Black-water fever - Number 35
Disease focus: Fever
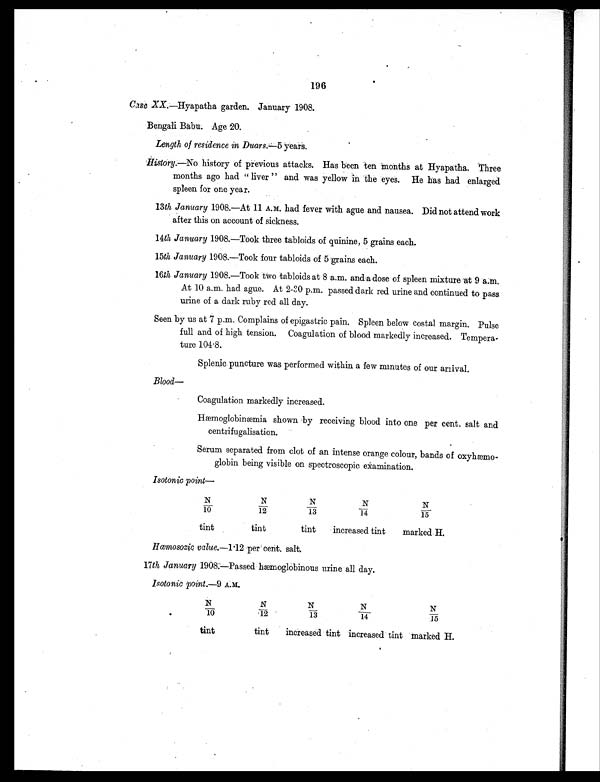
196
Case XX. —Hyapatha garden. January 1908.
Bengali Babu. Age 20.
Length of residence in Duars.—5 years.
H i s t o r y .
— N o h i s t o r y o f p r e v i o u s a t t a c k s . H a s b e e n t e n m o n t h s a t H y a p a t h a . T h r e e
months ago had " liver " and was yellow in the eyes. He has had enlarged
spleen for one year.
13th January 1908. —At 11 A.M. had fever with ague and nausea. Did not attend work
after this on account of sickness.
14th January 1908.—Took three tabloids of quinine, 5 grains each.
15th January 1908.—Took four tabloids of 5 grains each.
16th January 1908.—Took two tabloids at 8 a.m. and a dose of spleen mixture at 9 a.m.
At 10 a.m. had ague. At 2-30 p.m. passed dark red urine and continued to pass
urine of a dark ruby red all day.
Seen by us at 7 p.m. Complains of epigastric pain. Spleen below costal margin. Pulse
full and of high tension. Coagulation of blood markedly increased. Tempera-
ture 104.8.
Splenic puncture was performed within a few minutes of our anival.
Blood—
Coagulation markedly increased.
Hæmoglobinæmia shown by receiving blood into one per cent. salt and
centrifugalisation.
Serum separated from clot of an intense orange colour, bands of oxyhæmo-
globin being visible on spectroscopic examination.
Isotonic point—
N / 1 0
N
/ 1 2
N
/ 1 3
N
/ 1 4
N
/ 1 5
tint
tint
tint increased tint marked H.
Hœmosozic value.—1.12 per` cent. salt.
17th January 1908—Passed hæmoglobinous urine all day.
Isotonic point.—9 A.M.
N / 1 0
N
/12
N/ 13
N
/14
N
/ 1 5
tint
tint increased tint increased tint marked H.